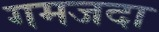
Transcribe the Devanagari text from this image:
गमजदा